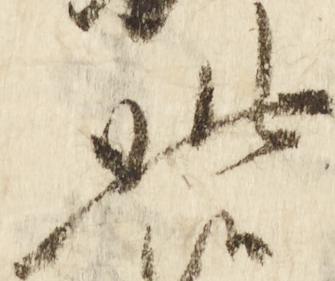
此